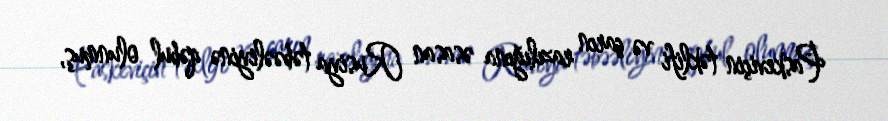
Paskeviçin təklifi və çarın razılığına əsasan Rusiya təbəəliyinə qəbul olunmuş,